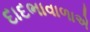
દાદભાવાળાએ